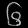
Digit: ၆